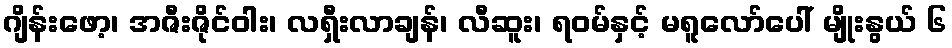
ဂျိန်းဖော့၊ အဇီးဇိုင်ဝါး၊ လရှီးလာချန်၊ လီဆူး၊ ရဝမ်နှင့် မရူလော်ပေါ် မျိုးနွယ် ၆